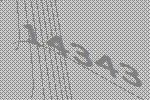
14343